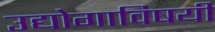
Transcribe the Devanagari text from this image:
उद्योगाविषयी